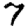
Digit: 7